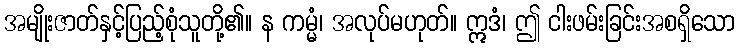
အမျိုးဇာတ်နှင့်ပြည့်စုံသူတို့၏။ န ကမ္မံ၊ အလုပ်မဟုတ်။ ဣဒံ၊ ဤ ငါးဖမ်းခြင်းအစရှိသော